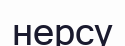
нерсу